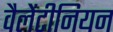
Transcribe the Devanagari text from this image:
वैलेंटीनियन